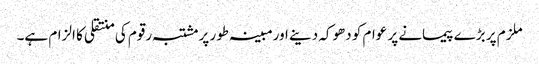
ملزم پر بڑے پیمانے پر عوام کو دھوکہ دینے اورمبینہ طور پرمشتبہ رقوم کی منتقلی کا الزام ہے۔